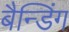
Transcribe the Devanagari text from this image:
बैन्डिंग